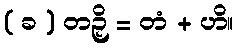
( ခ ) တဉှိ = တံ + ဟိ။